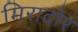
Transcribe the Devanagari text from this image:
मिरादोर